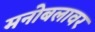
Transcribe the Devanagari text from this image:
मनोबलावर